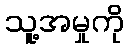
သူ့အမှုကို